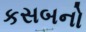
કસબનો